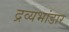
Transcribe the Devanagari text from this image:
द्रव्यभांडार